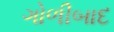
ગોળીબાદ